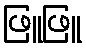
ဖြူဖြူ